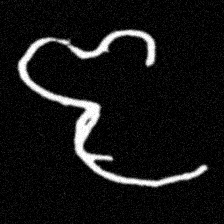
Pyu character \u2014 Myanmar letter: ဇ (romanized: ja)